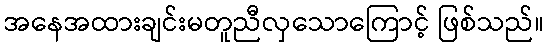
အနေအထားချင်းမတူညီလှသောကြောင့် ဖြစ်သည်။